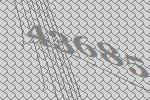
43685